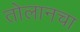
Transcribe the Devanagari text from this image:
तोलानचा